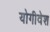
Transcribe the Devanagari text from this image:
योगीवेश